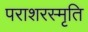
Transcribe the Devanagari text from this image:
पराशरस्मृति